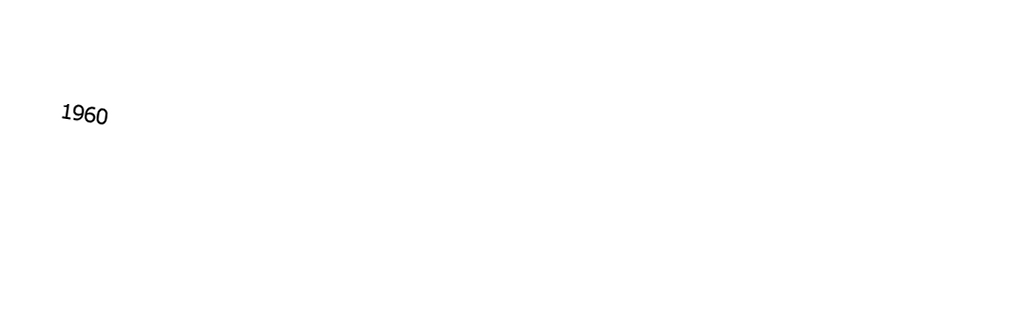

1960